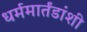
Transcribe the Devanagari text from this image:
धर्ममार्तंडांशी